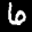
Label: 6